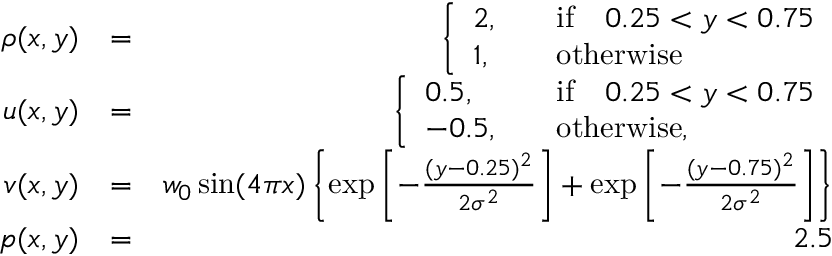
\begin{array} { r l r } { \rho ( x , y ) } & { = } & { \left\{ \begin{array} { l l } { 2 , \quad } & { \mathrm { i f } \quad 0 . 2 5 < y < 0 . 7 5 } \\ { 1 , \quad } & { \mathrm { o t h e r w i s e } } \end{array} \right. } \\ { u ( x , y ) } & { = } & { \left\{ \begin{array} { l l } { 0 . 5 , \quad } & { \mathrm { i f } \quad 0 . 2 5 < y < 0 . 7 5 } \\ { - 0 . 5 , \quad } & { \mathrm { o t h e r w i s e } , } \end{array} \right. } \\ { v ( x , y ) } & { = } & { w _ { 0 } \sin ( 4 \pi x ) \left\{ \exp \left[ - \frac { ( y - 0 . 2 5 ) ^ { 2 } } { 2 \sigma ^ { 2 } } \right] + \exp \left[ - \frac { ( y - 0 . 7 5 ) ^ { 2 } } { 2 \sigma ^ { 2 } } \right] \right\} } \\ { p ( x , y ) } & { = } & { 2 . 5 } \end{array}